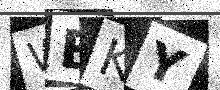
Text: WBKY